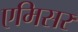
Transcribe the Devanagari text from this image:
एमिसर